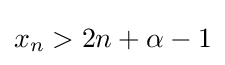
x_{n}>2n+\alpha -1